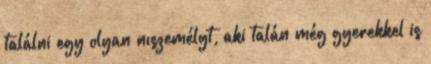
találni egy olyan nıszemélyt, aki talán még gyerekkel is